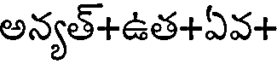
అన్యత్+ఉత+ఏవ+